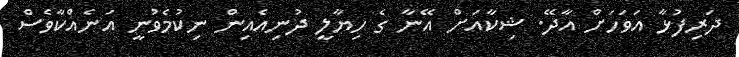
ދަރިފުޅާ އަވަހަށް އާދޭ. ޝިކާއަށް އޭނާ ގެ ހިޔާލީ ދުނިއެއިން ނިކުމެވުނީ އަނެއްކާވެސް